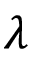
\lambda